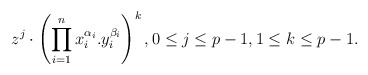
\begin{align*} z^j\cdot \left(\prod_{i=1}^n x_i^{\alpha_i}.y_i^{\beta_i}\right)^k, 0\le j\le p-1, 1\le k \le p-1.\end{align*}